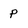
Character: p